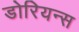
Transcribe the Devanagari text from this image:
डोरियन्स